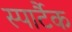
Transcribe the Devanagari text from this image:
स्पार्टैक